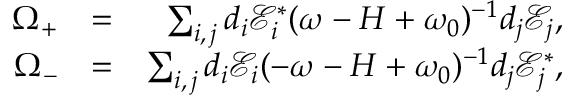
\begin{array} { r l r } { \Omega _ { + } } & { = } & { \sum _ { i , \, j } d _ { i } \mathcal { E } _ { i } ^ { \ast } ( \omega - H + \omega _ { 0 } ) ^ { - 1 } d _ { j } \mathcal { E } _ { j } , } \\ { \Omega _ { - } } & { = } & { \sum _ { i , \, j } d _ { i } \mathcal { E } _ { i } ( - \omega - H + \omega _ { 0 } ) ^ { - 1 } d _ { j } \mathcal { E } _ { j } ^ { \ast } , } \end{array}